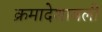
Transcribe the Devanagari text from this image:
क्रमादेशावली